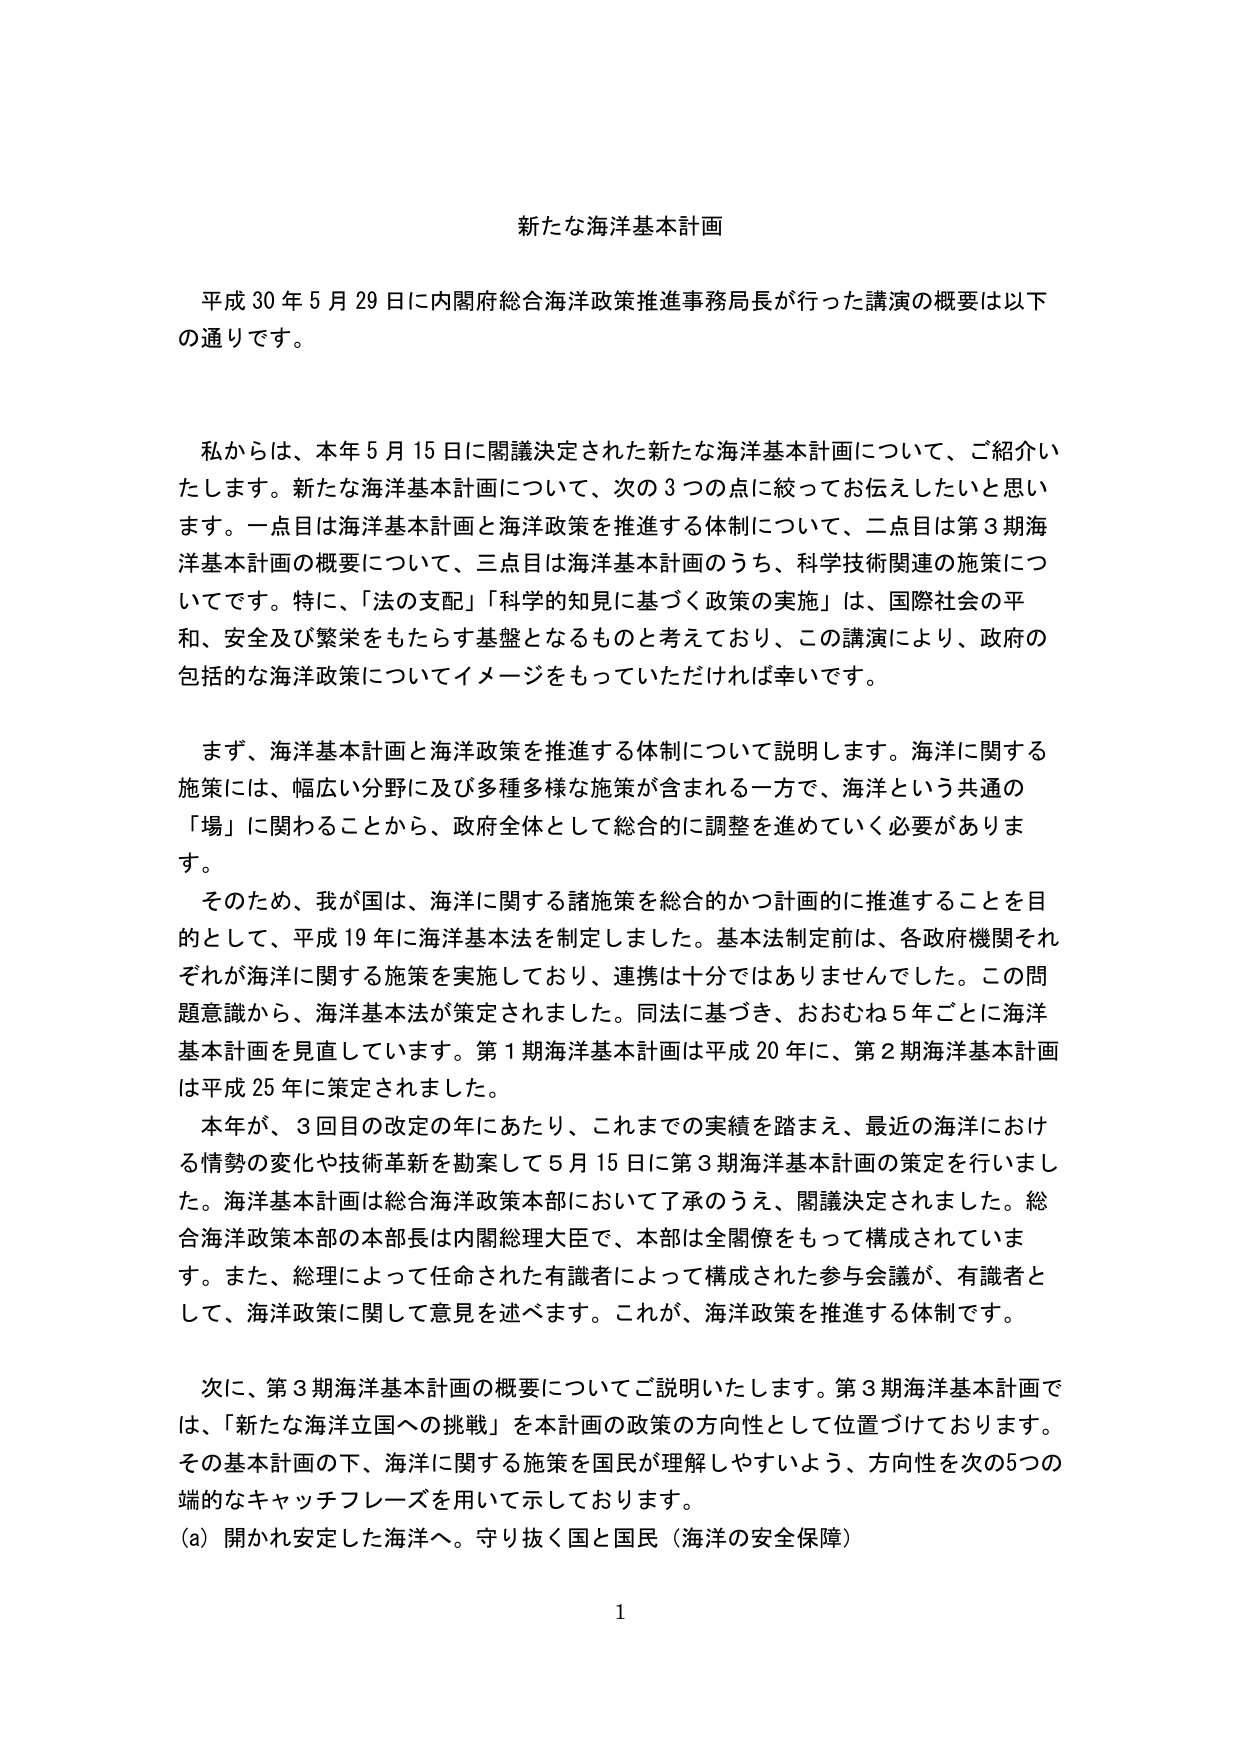
新たな海洋基本計画

平成30年5月29日に内閣府総合海洋政策推進事務局長が行った講演の概要は以下の通りです。

私からは、本年5月15日に閣議決定された新たな海洋基本計画について、ご紹介いたします。新たな海洋基本計画について、次の3つの点に絞ってお伝えしたいと思います。一点目は海洋基本計画と海洋政策を推進する体制について、二点目は第3期海洋基本計画の概要について、三点目は海洋基本計画のうち、科学技術関連の施策についてです。特に、「法の支配」「科学的知見に基づく政策の実施」は、国際社会の平和、安全及び繁栄をもたらす基盤となるものと考えており、この講演により、政府の包括的な海洋政策についてイメージをもっていただければ幸いです。

まず、海洋基本計画と海洋政策を推進する体制について説明します。海洋に関する施策には、幅広い分野に及び多種多様な施策が含まれる一方で、海洋という共通の「場」に関わることから、政府全体として総合的に調整を進めていく必要があります。

そのため、我が国は、海洋に関する諸施策を総合的かつ計画的に推進することを目的として、平成19年に海洋基本法を制定しました。基本法制定前は、各政府機関それぞれが海洋に関する施策を実施しており、連携は十分ではありませんでした。この問題意識から、海洋基本法が策定されました。同法に基づき、おおむね5年ごとに海洋基本計画を見直しています。第1期海洋基本計画は平成20年に、第2期海洋基本計画は平成25年に策定されました。

本年が、3回目の改定の年にあたり、これまでの実績を踏まえ、最近の海洋における情勢の変化や技術革新を勘案して5月15日に第3期海洋基本計画の策定を行いました。海洋基本計画は総合海洋政策本部において了承のうえ、閣議決定されました。総合海洋政策本部の本部長は内閣総理大臣で、本部は全閣僚をもって構成されています。また、総理によって任命された有識者によって構成された参与会議が、有識者として、海洋政策に関して意見を述べます。これが、海洋政策を推進する体制です。

次に、第3期海洋基本計画の概要についてご説明いたします。第3期海洋基本計画では、「新たな海洋立国への挑戦」を本計画の政策の方向性として位置づけております。その基本計画の下、海洋に関する施策を国民が理解しやすいよう、方向性を次の5つの端的なキャッチフレーズを用いて示しております。

(a) 開かれ安定した海洋へ。守り抜く国と国民（海洋の安全保障）